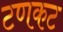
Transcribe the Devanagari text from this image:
टणकट